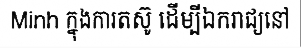
Minh ក្នុងការតស៊ូ ដើម្បីឯករាជ្យនៅ